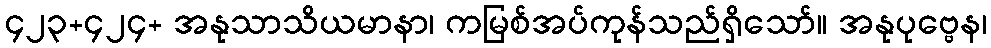
၄၂၃+၄၂၄+ အနုသာသိယမာနာ၊ ကမြစ်အပ်ကုန်သည်ရှိသော်။ အနုပုဗ္ဗေန၊